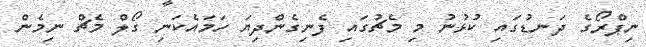
ނިޕްރޯގެ ދަނޑުގައި ކުޅުނު މި މެޗުގައި ފެނިގެންދިޔަ ހަމައެކަނި ގޯލް މެޗް ނިމެން